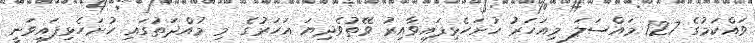
ވައްކަމުގެ 127 މައްސަލަ މިއަހަރު ހުށަހެޅިފައިވާއިރު ވޭތުވެދިޔަ އަހަރުގެ މި މުއްދަތުގައި ހުށަހެޅިފައިވަނީ